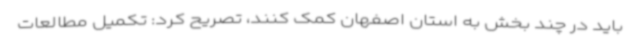
باید در چند بخش به استان اصفهان کمک کنند، تصریح کرد: تکمیل مطالعات